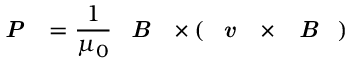
\textbf { \emph { P } } = \frac { 1 } { \mu _ { 0 } } \textbf { \emph { B } } \times ( \textbf { \emph { v } } \times \textbf { \emph { B } } )